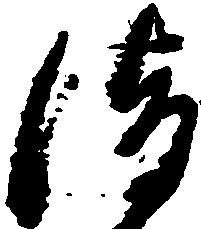
清